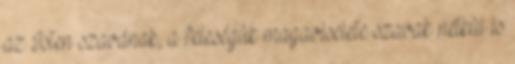
az Isten szavának, a feleségük magaviselete szavak nélkül is